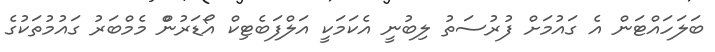
ބަލަހައްޓަން އެ ގަައުމަށް ފުރުސަތު ލިބުނީ އެކަމަކީ އަލްފަބެޓިކް އޯޑަރުންް މެމްބަރު ގައުމުތަކުގެ